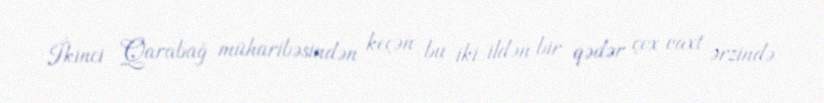
İkinci Qarabağ müharibəsindən keçən bu iki ildən bir qədər çox vaxt ərzində